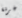
غرفة